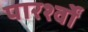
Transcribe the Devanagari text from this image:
पारर्श्वों